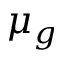
\mu _ { g }